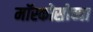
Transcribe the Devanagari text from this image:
मॉस्कोसोच्या